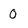
Character: 0